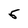
Character: 5